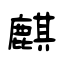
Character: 麒